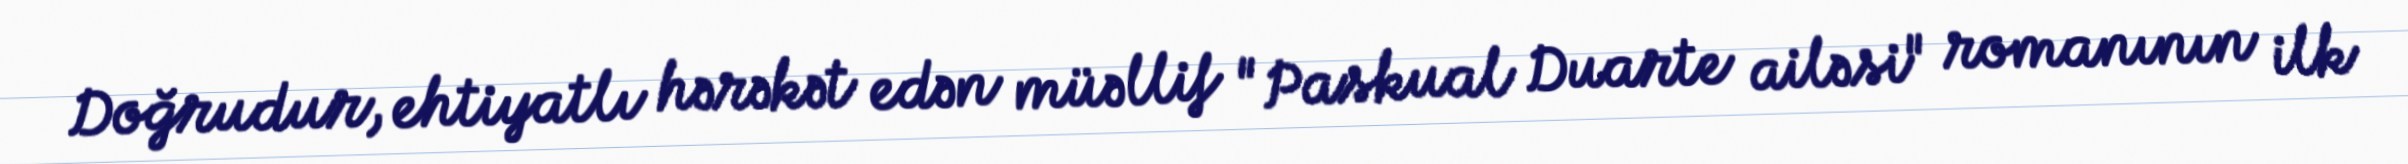
Doğrudur, ehtiyatlı hərəkət edən müəllif "Paskual Duarte ailəsi" romanının ilk